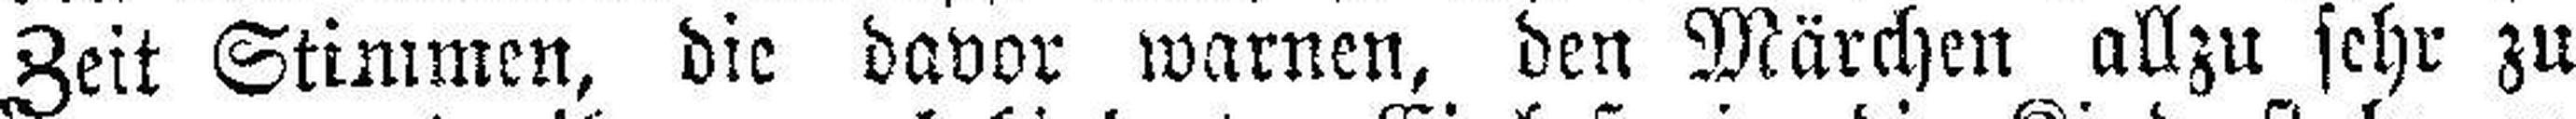
Zeit Stimmen, die davor warnen, den Märchen allzu sehr zu